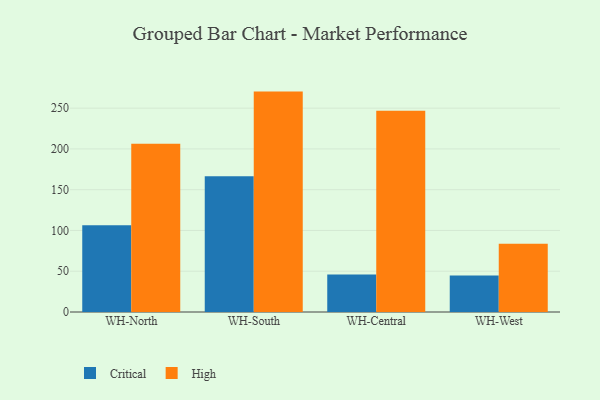
{"axis": {"x": "Warehouse", "y": "Website Visitors"}, "legend": ["Critical", "High"], "data": [{"x": "WH-North", "y": 106.3, "type": "Critical"}, {"x": "WH-North", "y": 206.2, "type": "High"}, {"x": "WH-South", "y": 166.5, "type": "Critical"}, {"x": "WH-South", "y": 270.3, "type": "High"}, {"x": "WH-Central", "y": 46.1, "type": "Critical"}, {"x": "WH-Central", "y": 246.8, "type": "High"}, {"x": "WH-West", "y": 44.8, "type": "Critical"}, {"x": "WH-West", "y": 83.6, "type": "High"}]}